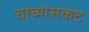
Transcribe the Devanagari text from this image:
चाच्यांसकट